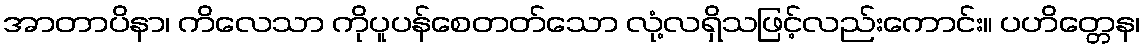
အာတာပိနာ၊ ကိလေသာ ကိုပူပန်စေတတ်သော လုံ့လရှိသဖြင့်လည်းကောင်း။ ပဟိတ္တေန၊